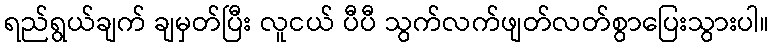
ရည်ရွယ်ချက် ချမှတ်ပြီး လူငယ် ပီပီ သွက်လက်ဖျတ်လတ်စွာပြေးသွားပါ။